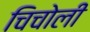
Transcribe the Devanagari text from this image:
चिचोली